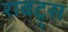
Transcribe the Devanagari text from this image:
राबट्र्स